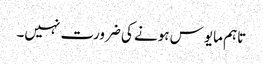
تاہم مایوس ہونے کی ضرورت نہیں۔